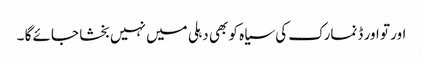
اور تو اور ڈنمارک کی سیاہ کو بھی دہلی میں نہیں بخشا جائے گا ۔